画像に写った文字を読んでください
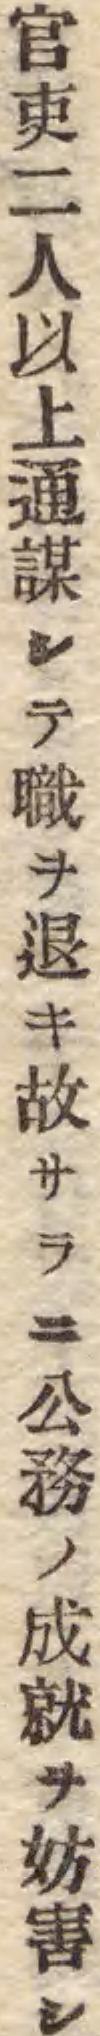
「官吏二人以上通謀シテ職ヲ退キ故サラニ公務ノ成就ヲ妨害シ」と書いてあります